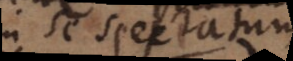
in se spectata